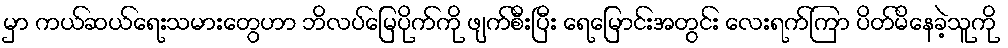
မှာ ကယ်ဆယ်ရေးသမားတွေဟာ ဘိလပ်မြေပိုက်ကို ဖျက်စီးပြီး ရေမြောင်းအတွင်း လေးရက်ကြာ ပိတ်မိနေခဲ့သူကို